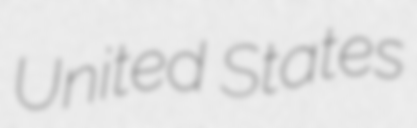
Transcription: United States